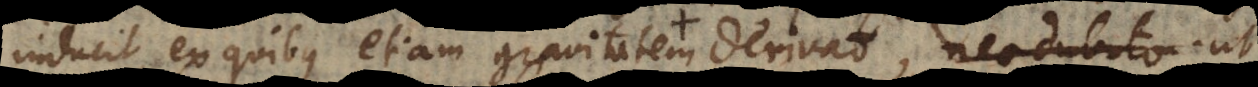
inducit, ex quibus etiam gravitatem derivat, nec dubito ut